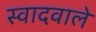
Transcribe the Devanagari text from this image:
स्वादवाले